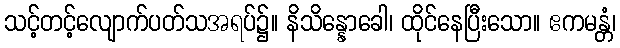
သင့်တင့်လျောက်ပတ်သအရပ်၌။ နိသိန္နောခေါ၊ ထိုင်နေပြီးသော။ ဧကမန္တံ၊